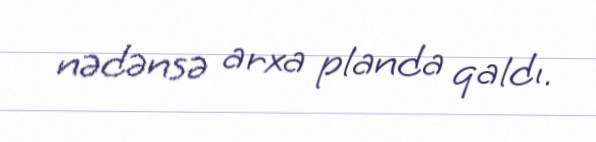
nədənsə arxa planda qaldı.